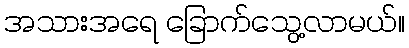
အသားအရေ ခြောက်သွေ့လာမယ်။